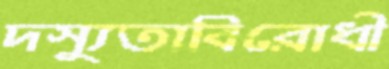
দস্যুতাবিরোধী